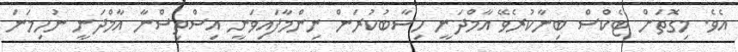
އެވެ. މިގޮތަށް ޓެކްސް ބިނާކުރެވޭ އާމްދަނީ ހިސާބުކުރަން ނިންމާފައިވަނީ އިސްތިސްނާ އާމްދަނީ ނުހިމަނަ